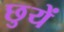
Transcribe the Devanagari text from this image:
छुयें